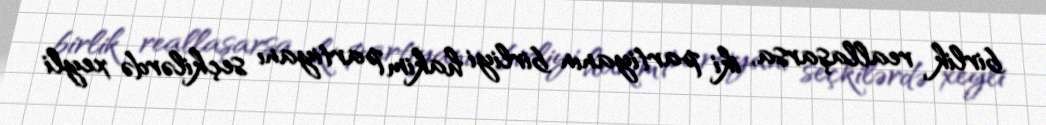
birlik reallaşarsa, iki partiyanın birliyi hakim partiyanı seçkilərdə xeyli